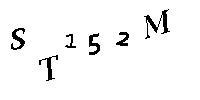
ST152M